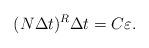
LaTeX: \begin{align*}(N\Delta t)^{R}\Delta t=C\varepsilon.\end{align*}